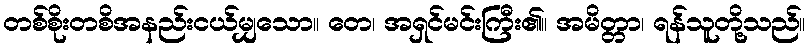
တစ်စိုးတစိအနည်းငယ်မျှသော။ တေ၊ အရှင်မင်းကြီး၏။ အမိတ္တာ၊ ရန်သူတို့သည်။